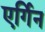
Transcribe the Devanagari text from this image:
एर्गिन